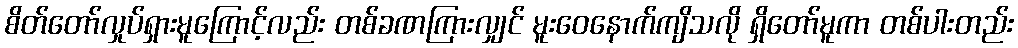
စိတ်တော်လှုပ်ရှားမူကြောင့်လည်း တစ်ခဏကြားလျှင် မူးဝေနောက်ကျိသလို ရှိတော်မူကာ တစ်ပါးတည်း